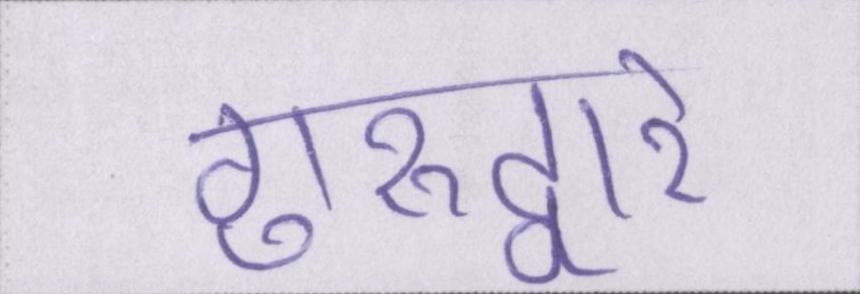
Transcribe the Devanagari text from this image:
गुरूद्वारे